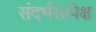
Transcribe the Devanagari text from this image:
संदर्भसापेक्ष